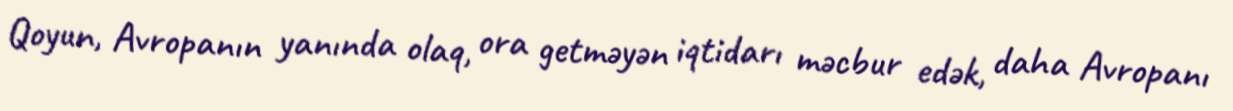
Qoyun, Avropanın yanında olaq, ora getməyən iqtidarı məcbur edək, daha Avropanı